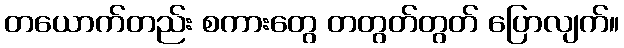
တယောက်တည်း စကားတွေ တတွတ်တွတ် ပြောလျက်။